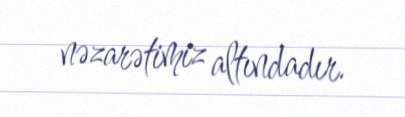
nəzarətimiz altındadır.